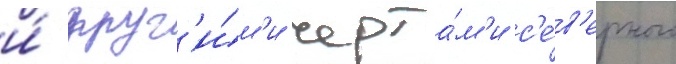
и́ друг'и́м'и черта́м'и с'е́в'ерного